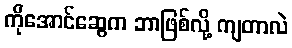
ကိုအောင်ဆွေက ဘာဖြစ်လို့ ကျတာလဲ